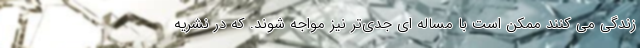
زندگی می کنند ممکن است با مساله ای جدی‌تر نیز مواجه شوند. که در نشریه